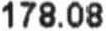
178.08